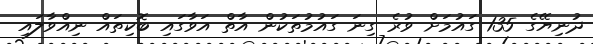
ދުނިޔޭގެ 135 ގައުމަށް ވުރެ ގިނަ ގައުމުތަކުން އާތް އަވާގައި ބޮކިތައް ނިއްވާލައި